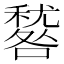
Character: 𥢑